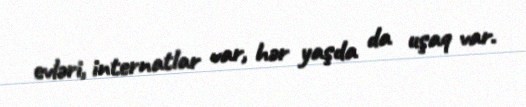
evləri, internatlar var, hər yaşda da uşaq var.